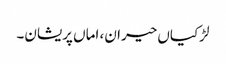
لڑکیاں حیران، اماں پریشان۔